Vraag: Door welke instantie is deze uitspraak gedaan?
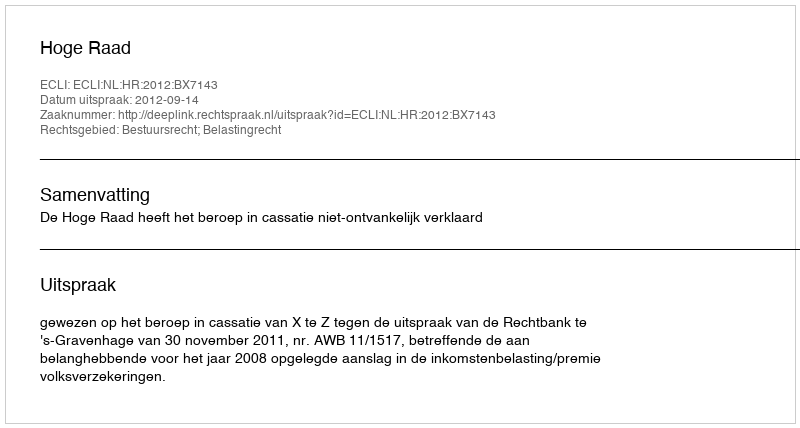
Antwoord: Hoge Raad